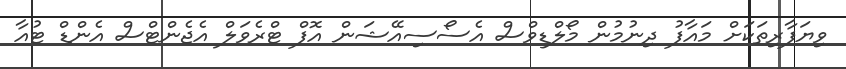
ވިޔަފާރިތަކަށް މައާފު ދިނުމުން މޯލްޑިވްސް އެސޯސިއޭޝަން އޮފް ޓްރެވަލް އެޖެންޓްސް އެންޑް ޓުއާ